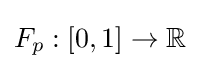
F_{p}:[0,1]\rightarrow {\mathbb {R} }